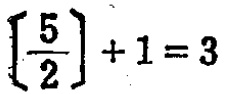
$\left[\frac{5}{2}\right]+1=3$